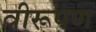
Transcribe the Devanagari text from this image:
वीरूपण